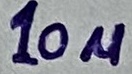
Text: 10µ